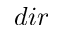
{ d i r }